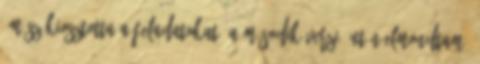
Ámósz kiosztotta a feladatokat. A második verzió után elmondtam,